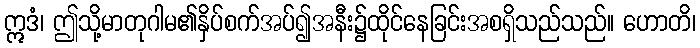
ဣဒံ၊ ဤသို့မာတုဂါမ၏နှိပ်စက်အပ်၍အနီး၌ထိုင်နေခြင်းအစရှိသည်သည်။ ဟောတိ၊